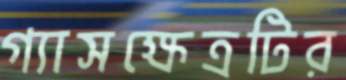
গ্যাসক্ষেত্রটির